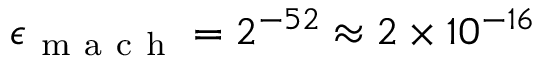
\epsilon _ { \mathrm { ~ m ~ a ~ c ~ h ~ } } = 2 ^ { - 5 2 } \approx 2 \times 1 0 ^ { - 1 6 }